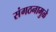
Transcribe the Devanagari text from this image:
संगठनामुळे